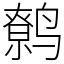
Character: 鹩